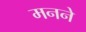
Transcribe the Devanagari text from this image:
मनने